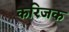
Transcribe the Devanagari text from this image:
करिजक